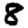
Digit: 8